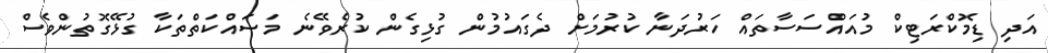
އަދި ޑިމޮކްރަޓިކް މުއައްސަސާތައް ހަރުދަނާ ކުރުމަށް ދެގައުމުން ގުޅިގެން ކުރެވޭނެ މަސައްކަތްތަކާ ގުޅޭގޮތުންވެސް